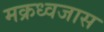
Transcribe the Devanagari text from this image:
मक्रध्वजास